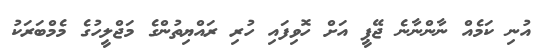
އުނި ކަމެއް ނާންނާނެ ޖޭޕީ އަށް ހޮވިފައި ހުރި ރައްޔިތުންގެ މަޖްލީހުގެ މެމްބަރަކު